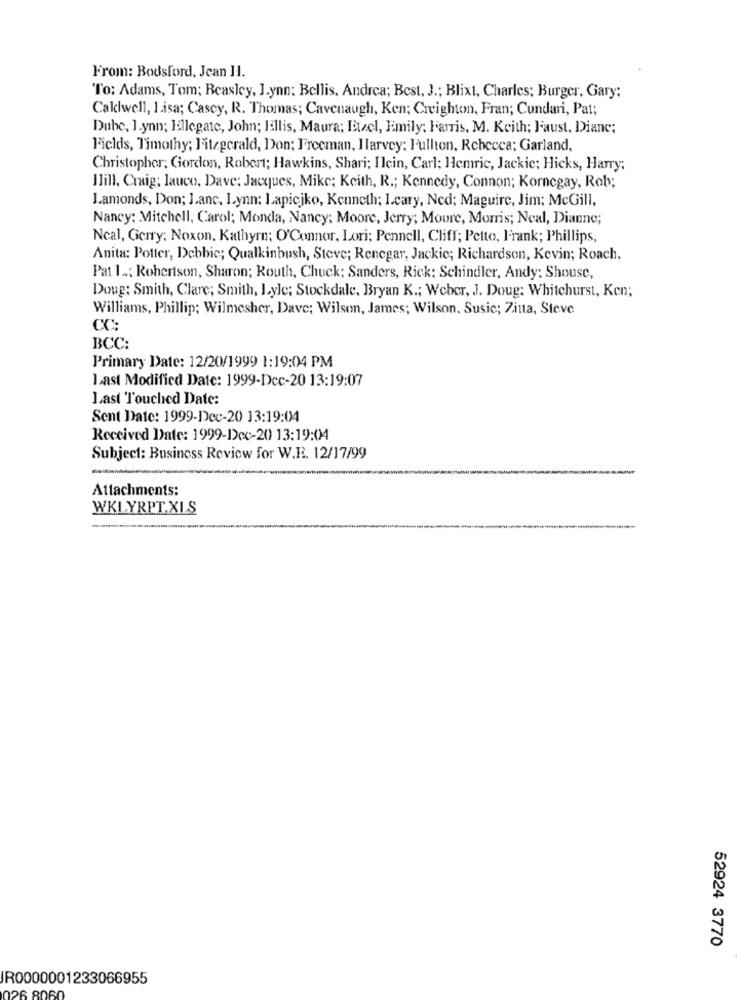
From: Bodsford, Jean 11.
"To: Adams, Tom; Beasley, J.ynn: Bellis. Andrea; Best, J .; Blixt, Charles; Burger, Gary;
Caldwell, Lisa; Cascy, R. Thomas; Cavenaugh, Ken; Creighton, Fran; Cundari, Pat;
Dube, 1.ynn; lellegate, John; Ellis, Maura; Etzel, Emily: Harris, M. Keith; Faust, Diane;
Fields, Timothy; Fitzgerald, Don; Freeman, Harvey: Fulhon, Rebecca; Garland,
Christopher; Gordon, Robert; Hawkins, Shari; Ilcin, Carl; Hemric, Jackie; Hicks, Harry;
Ilill, Craig; lauco, Dave; Jacques, Mike; Keith, R .; Kennedy, Connon; Kornegay, Rob;
Lamonds, Don; Janc, Lynn: Lapicjko, Kenneth; I.cary, Ned; Maguire, Jim; McGill,
Nancy: Mitchell, Carol; Monda, Nancy; Moore, Jerry; Moure, Morris; Neal, Dianne;
Neal, Gerry: Noxon. Kathyre: O'Connor, Lori: Pennell, Cliff; Petto, Frank; Phillips,
Anita: Potter, Debbie; Qualkinbush, Steve; Renegar, Jackie; Richardson, Kevin; Roach,
Pat 1 ..; Robertson, Sharon; Routh, Chuck; Sanders, Rick: Schindler, Andy: Shouse,
Doug: Smith, Clare; Smith, Lyle; Stockdale, Bryan K .; Weber, J. Doug: Whitehurst, Ken;
Williams, Phillip; Wilmesher, Dave; Wilson, James; Wilson, Susic; Zitta, Steve
CC:
BCC:
Primary Date: 12/20/1999 1:19:04 PM
Last Modified Date: 1999-Dec-20 13:19:07
Last Touched Date:
Sent Date: 1999-Dec-20 13:19:04
Received Date: 1999-Dec-20 13:19:04
Subject: Business Review for W.R. 12/17/99
Attachments:
WKLYRPT.XLS
52924 3770
JR0000001233066955
6 8060